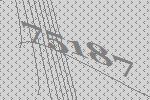
75187